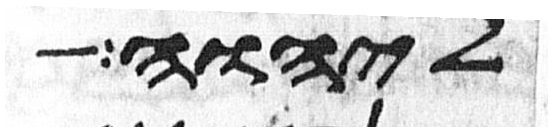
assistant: ליהוה